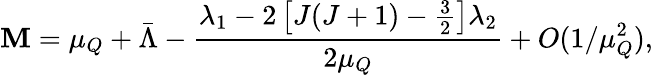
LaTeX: \mathbf{M}=\mu_{Q}+\bar{{\Lambda}}-\frac{{\lambda_{1}-2\left[J(J+1)-\frac{3}{2}\right]\lambda_{2}}}{{2\mu_{Q}}}+O(1/\mu_{Q}^{2}),